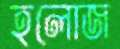
হলোজ